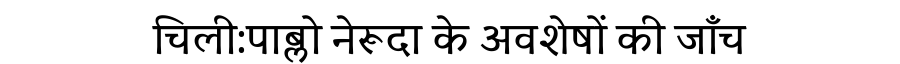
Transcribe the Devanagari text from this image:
चिली:पाब्लो नेरूदा के अवशेषों की जाँच